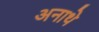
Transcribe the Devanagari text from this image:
अनाथे